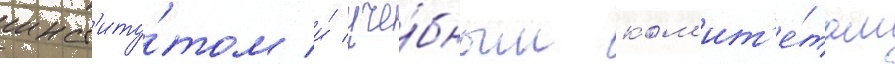
инст'иту́том и́ уче́бным ком'ит'е́том